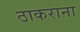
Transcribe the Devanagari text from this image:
ठाकराना